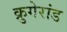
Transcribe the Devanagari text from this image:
क्रुगेरांड